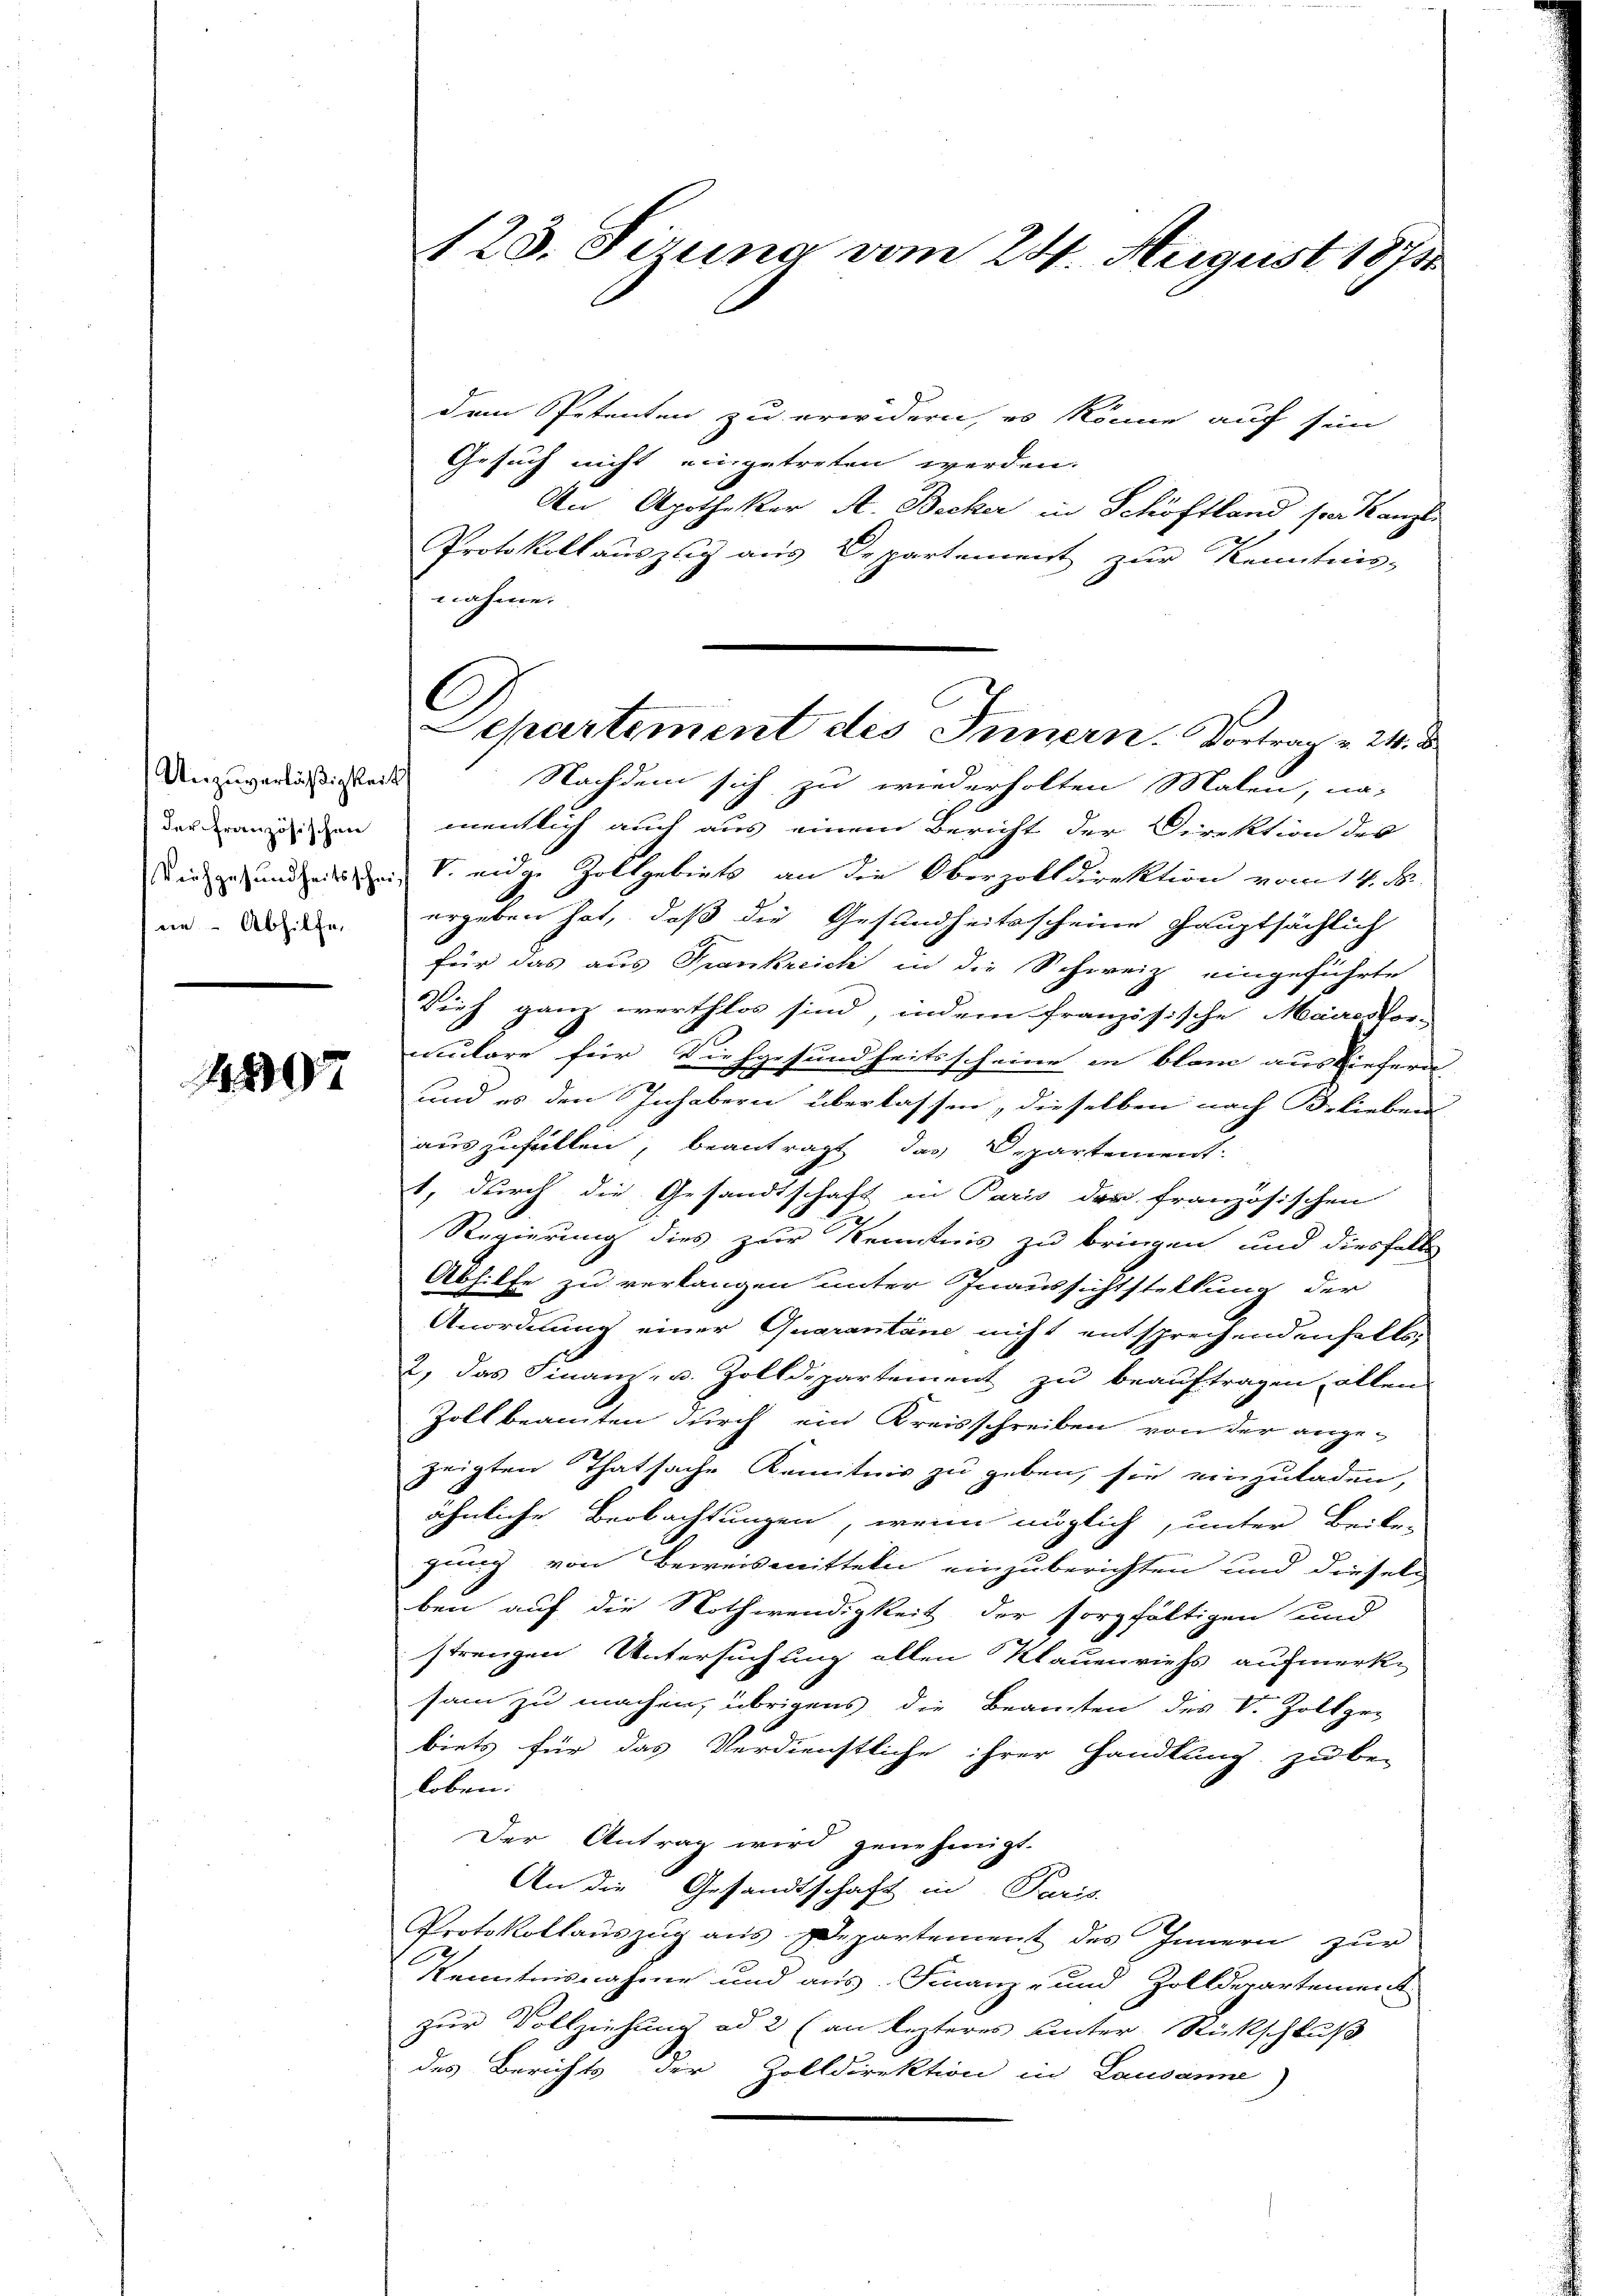
Unzuverläßigkeit
en - Abhilfe,

1307

dem Petenten zu erwidern, es könne auf sind
Gesuch nicht eingetreten werden.
An Apotheker A. Becker in Schöftland sei Kanzle
Protokollauszug aus Departement zur Kenntnis-
nahme.
Nachdem sich zu wiederholten Malen, nader anzeigen mentlich auch aus einem Bericht der Direktion des
dir gesundheit ein S. eidge Zollgebiets an die Oberzolldirektion vom 14. ds.
ergeben hat, daß die Gesundheitsscheine hauptsächlich
für das aus Frankreich in die Schweiz eingeführte
Tief ganz werthlos sind, indem französische Mairestor-
mulare für Viehgesundheitsscheine in blanc ausliefern.
und es den Inhabern überlassen, dieselben nach Belieben
auszufüllen, beantragt das Departement
1, durch die Gesandtschaft in Paris der französischen
Regierung dies zur Kenntnis zu bringen und diesfalls
Abhilfe zu verlangen unter Inaussichtstellung der
Anordnung einer Quarantane nicht entsprechenden halt
2, das Finanz- u. Zolldepartement zu beauftragen, allen
Zollbeamten durch ein Kreisschreiben von der ange-
zeigten Thatsache Kenntnis zu geben, sie einzuladen,
ähnliche Beobachtungen, wenn möglich, unter Beile-
gung von Beweismitteln einzuberichten und dieseln
ben auf die Nothwendigkeit der sorgfältigen und
strengen Untersuchung allen Klauenviehs aufmerk-
sam zu machen, übrigens die Beamten des V. Zollge-
biets für das Verdienstliche ihrer Handlung zu be-
loben.
Der Antrag wird genehmigt.
An die Gesandtschaft in Paris
Protokollauszug aus Departement des Innern zur
e
e
Kenntnisnahme und aus. Finanz- und Zolldepartement
zur Vollziehung ad 2 (an lezteres unter Rückschluß
des Berichts der Zolldirektion in Lausanne)

123. Sizung vom 24. August 1874.

Separtement des Innern. Vortrag v. 24. d.